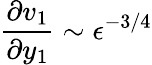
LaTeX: \frac{\partial v_{1}}{\partial y_{1}}\sim\epsilon^{-3/4}